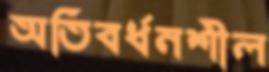
অতিবর্ধনশীল